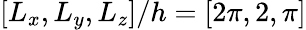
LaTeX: [L_{x},L_{y},L_{z}]/h=[2\pi,2,\pi]